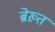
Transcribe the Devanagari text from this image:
ब्रेख़्त